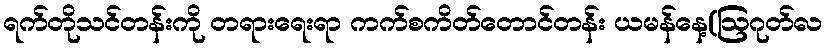
ရက်တိုသင်တန်းကို တရားရေးရာ ကက်စကိတ်တောင်တန်း ယမန်နေ့(ဩဂုတ်လ